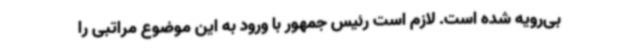
بی‌رویه شده است. لازم است رئیس جمهور با ورود به این موضوع مراتبی را